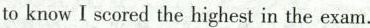
to know I scored the highest in the exam.